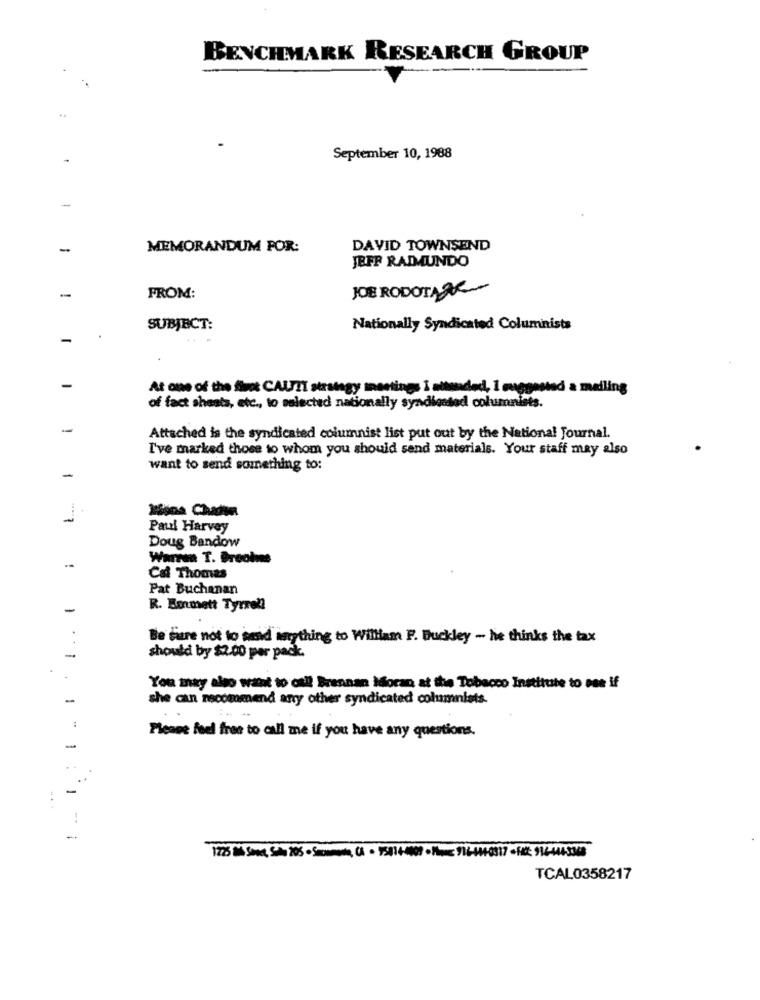
BENCHMARK RESEARCH GROUP
September 10, 1988
-
MEMORANDUM POR:
DAVID TOWNSEND
JEFF RAIMUNDO
-
JOE RODOTA ZE-
FROM:
SUBJECT:
Nationally Syndicated Columnists
-
At one of the fimet CALFTT strategy meetings I attended, I muggestad a mailing
of fact sheets, etc ., to selected nationally syndicated columnists.
-
Attached is the syndicated columnist list put out by the National Journal.
I've marked those to whom you should send materials. Your staff may also
want to send something to:
-
....
-
Kisna Chadia
Paul Harvey
Doug Bandow
Warran T. Broohne
Caf Thomas
Pat Buchanan
-
R. Emmett Tyrrell
Be sure not to send anything to William F. Buckley - he thinks the tax
-
should by $2.00 per pack.
You may also want to call Brennan Moran at the Tobacco Institute to see if
-
she can recommend any other syndicated columnists.
Please feel free to call me if you have any questions.
-
..
..
-
-
1228 Mi Sono, Sal 205 - Scomoda, CI - 15014-009 -Pp 916-404-0317 -FE 996-4445368
TCAL0358217